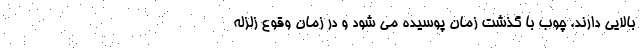
بالایی دارند. چوب با گذشت زمان پوسیده می شود و در زمان وقوع زلزله